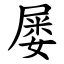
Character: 屡